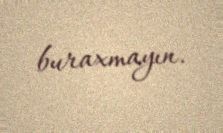
buraxmayın.